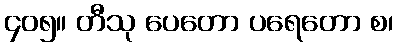
၄၀၅။ တီသု ပေတော ပရေတော စ၊